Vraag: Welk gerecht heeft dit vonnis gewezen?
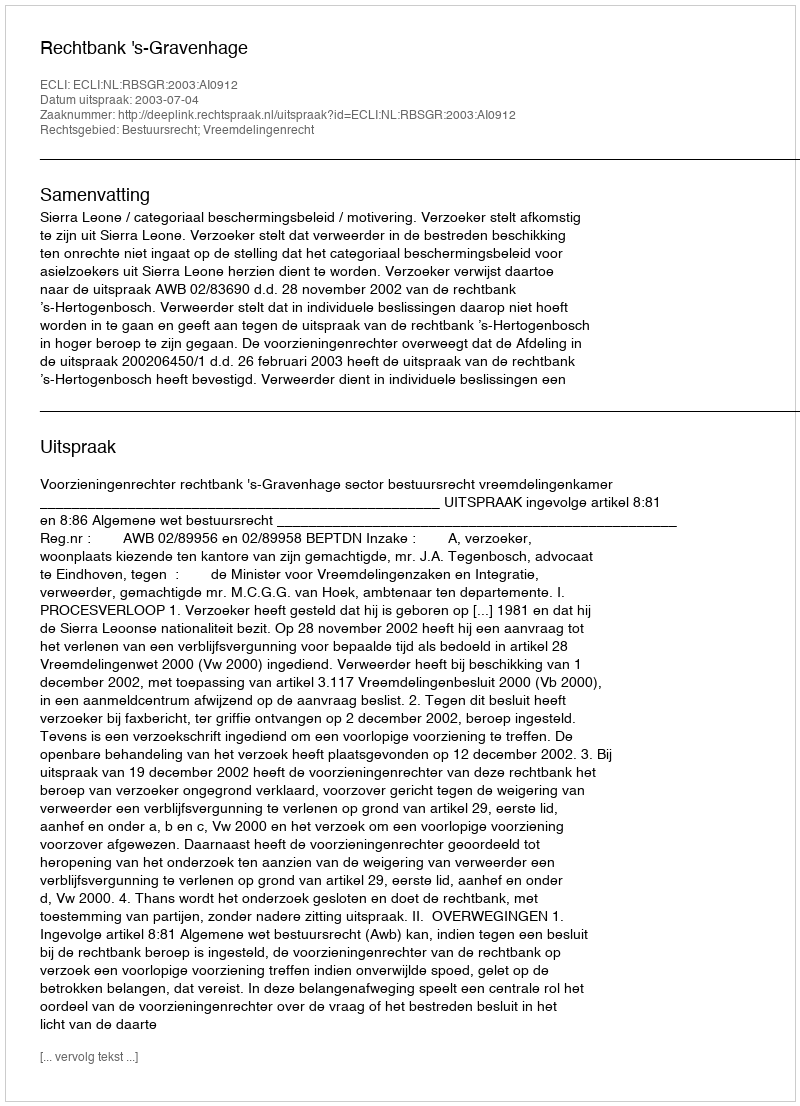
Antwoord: Rechtbank 's-Gravenhage